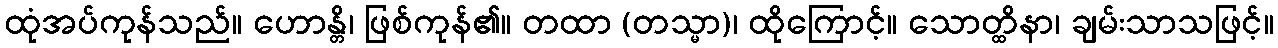
ထုံအပ်ကုန်သည်။ ဟောန္တိ၊ ဖြစ်ကုန်၏။ တထာ (တသ္မာ)၊ ထိုကြောင့်။ သောတ္ထိနာ၊ ချမ်းသာသဖြင့်။